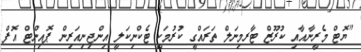
"ޔޮޓް މެރީނާއާއި ކުރޫޒް ޓާރމިނަލް ތަރައްގީ ކުރުމަކީ ޓެކްނިކަލީ އިންޖިނިއަރިން ޕޮއިންޓް އޮފް